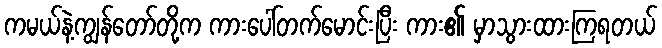
ကမယ်နဲ့ကျွန်တော်တို့က ကားပေါ်တက်မောင်းပြီး ကား၏ မှာသွားထားကြရတယ်